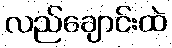
လည်ချောင်းထဲ